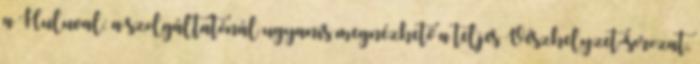
a Huluval: a szolgáltatónál ugyanis megnézhető a teljes Vészhelyzet-sorozat,